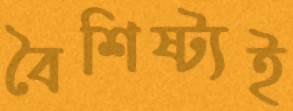
বৈশিষ্ট্যই